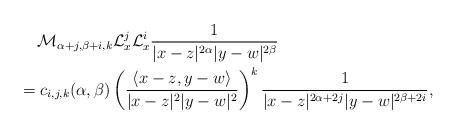
LaTeX: \begin{align*} &\quad\,\mathcal M_{\alpha+j, \beta+i, k}\mathcal L_x^j\mathcal L_x^i \frac{1}{|x-z|^{2\alpha}|y-w|^{2\beta}}\\&=c_{i, j, k}(\alpha, \beta) \left( \frac{\langle x-z, y-w\rangle}{|x-z|^{2}|y-w|^{2}}\right)^k \frac{1}{|x-z|^{2\alpha+2j}|y-w|^{2\beta+2i}},\end{align*}